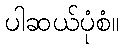
ပါဆယ်ပုံစံ။